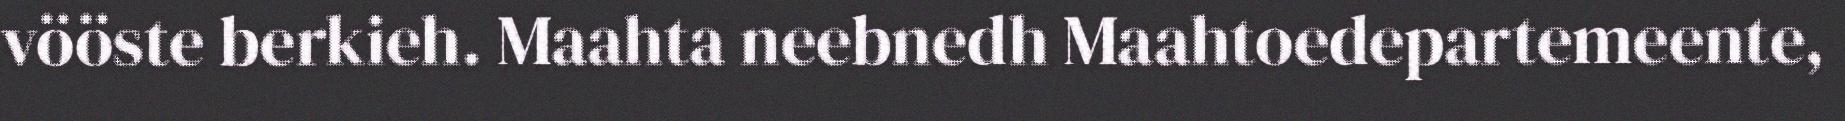
vööste berkieh. Maahta neebnedh Maahtoedepartemeente,